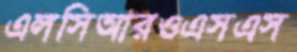
এলসিআরওএসএস